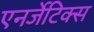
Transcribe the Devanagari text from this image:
एनर्जेटिक्स